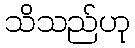
သိသည်ဟု